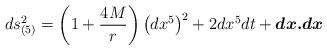
LaTeX: \begin{align*}ds_{(5)}^2 = \left(1+{4M\over r}\right)\left(dx^5\right)^2 + 2dx^5dt +\mbox{\boldmath$dx.dx$}\end{align*}